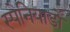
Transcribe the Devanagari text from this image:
स्पेनियार्डों